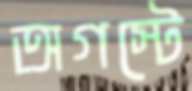
অগস্টে